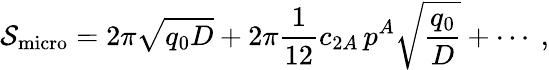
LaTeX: {\cal S}_{\mathrm{micro}}=2\pi\sqrt{q_{0}D}+2\pi{\frac{1}{12}}c_{2A}\, p^{A}\sqrt{{\frac{q_{0}}{D}}}+\cdots\ ,